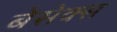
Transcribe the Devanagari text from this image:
बेसेक्स